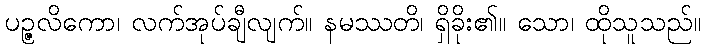
ပဉ္ဇလိကော၊ လက်အုပ်ချီလျက်။ နမဿတိ၊ ရှိခိုး၏။ သော၊ ထိုသူသည်။